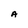
Character: A